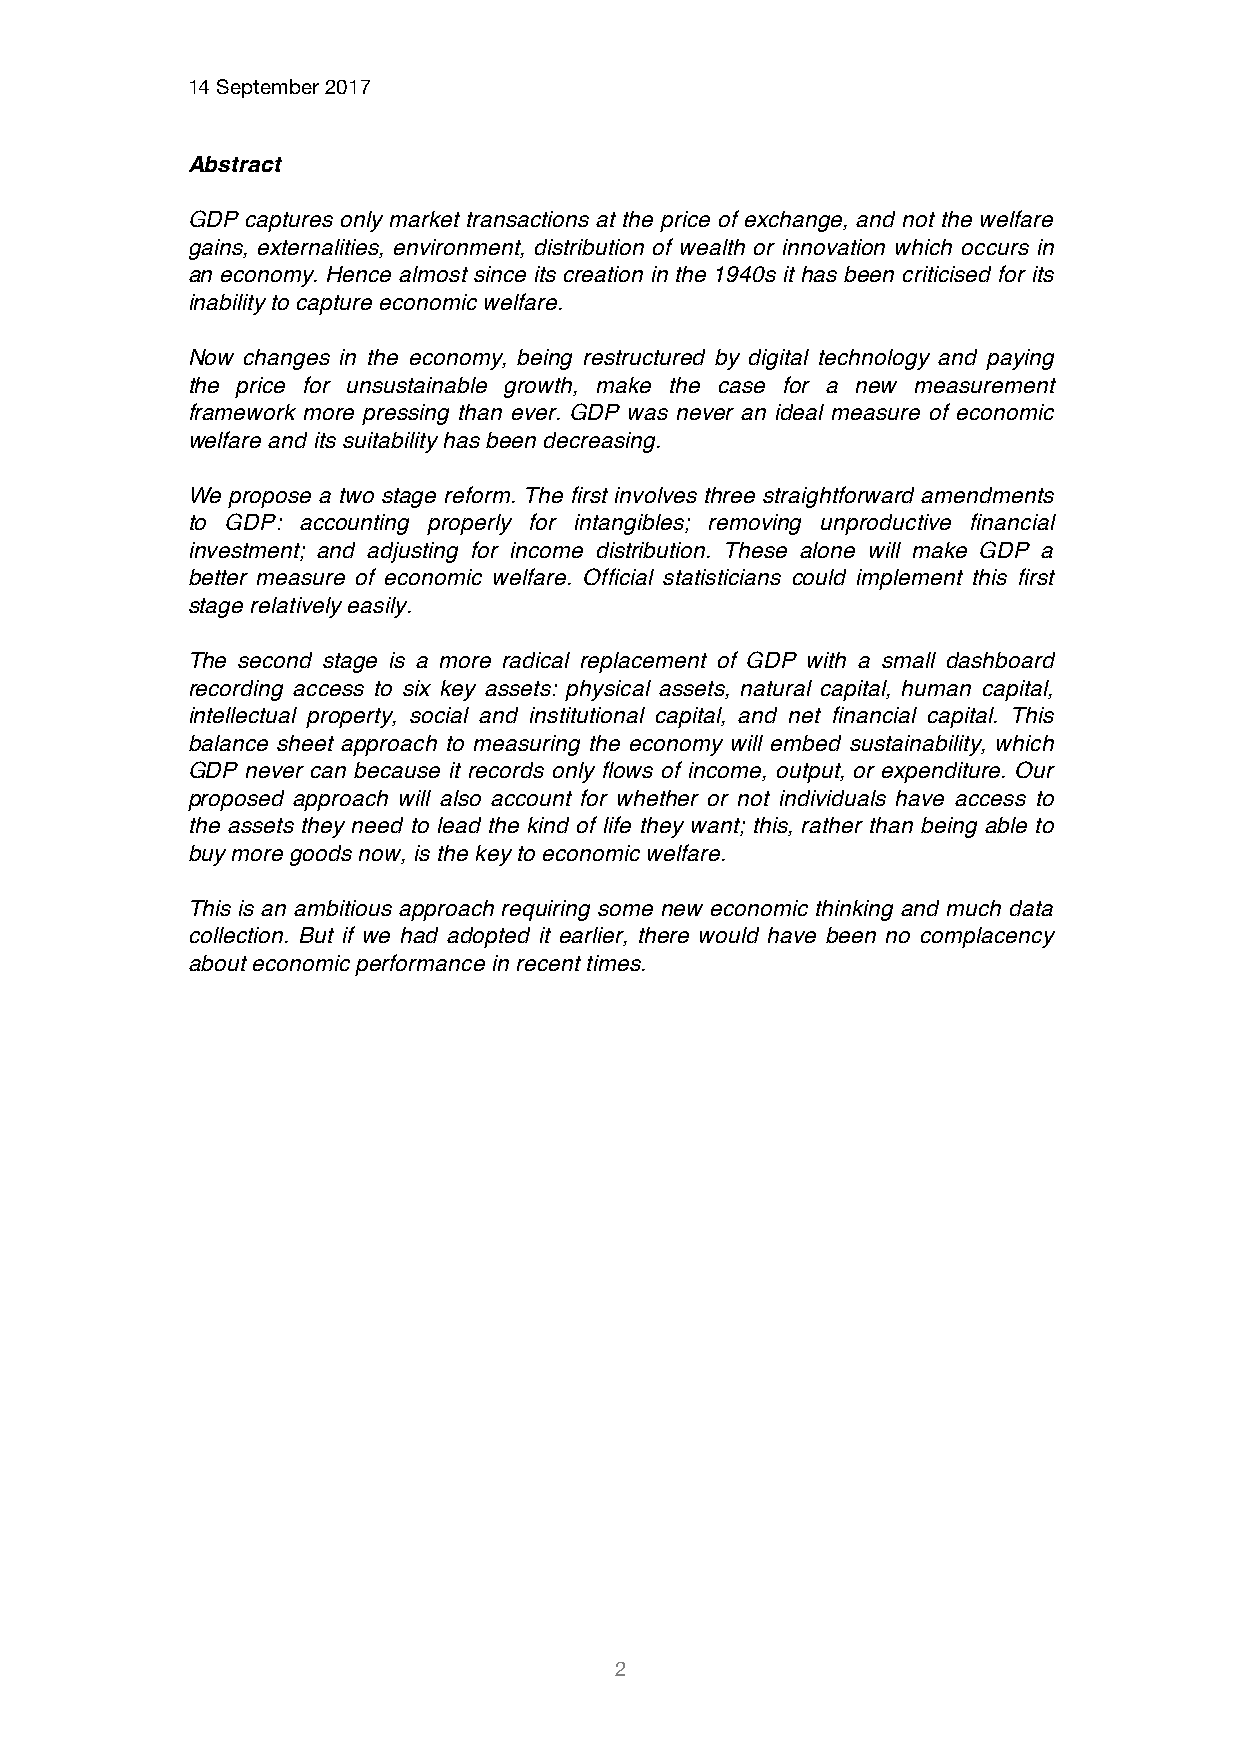
14 September 2017
 Abstract
 GDP captures only market transactions at the price of exchange, and not the welfare
 gains, externalities, environment, distribution of wealth or innovation which occurs in
 an economy. Hence almost since its creation in the 1940s it has been criticised for its
 inability to capture economic welfare.
 Now changes in the economy, being restructured by digital technology and paying
 the price for unsustainable growth, make the case for a new measurement
 framework more pressing than ever. GDP was never an ideal measure of economic
 welfare and its suitability has been decreasing.
 We propose a two stage reform. The first involves three straightforward amendments
 to GDP: accounting properly for intangibles; removing unproductive financial
 investment; and adjusting for income distribution. These alone will make GDP a
 better measure of economic welfare. Official statisticians could implement this first
 stage relatively easily.
 The second stage is a more radical replacement of GDP with a small dashboard
 recording access to six key assets: physical assets, natural capital, human capital,
 intellectual property, social and institutional capital, and net financial capital. This
 balance sheet approach to measuring the economy will embed sustainability, which
 GDP never can because it records only flows of income, output, or expenditure. Our
 proposed approach will also account for whether or not individuals have access to
 the assets they need to lead the kind of life they want; this, rather than being able to
 buy more goods now, is the key to economic welfare.
 This is an ambitious approach requiring some new economic thinking and much data
 collection. But if we had adopted it earlier, there would have been no complacency
 about economic performance in recent times.
 2